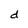
Character: d